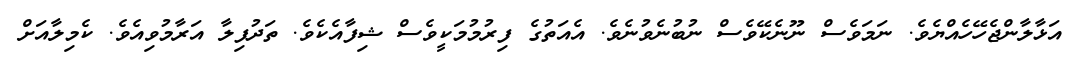
އަޅާލާންޖެހޭހެއްޔެވެ. ނަމަވެސް ނޫނެކޭވެސް ނުބުނެވުނެވެ. އެއަތުގެ ފިރުމުމަކީވެސް ޝިފާއެކެވެ. ތަދުފިލާ އަރާމުވިއެވެ. ކެމިލާއަށް